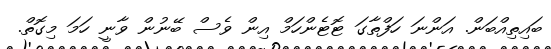
ބައިތިއްބަން. އަންނަ ހަފްތާގަ ޓޮޓެންހަމް އިން ވެސް ބޭނުން ވާނީ ހަމަ މިގޮތް.